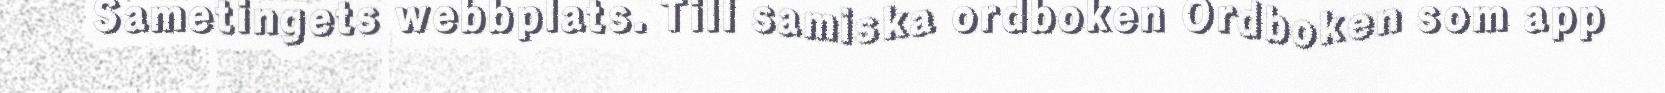
Sametingets webbplats. Till samiska ordboken Ordboken som app